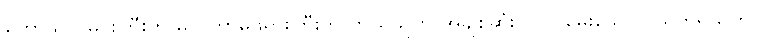
ကောသလမင်းကြီးက မလ္လိကာမိဖုရားကြီးကို ဘယ်သူကို အချစ်ဆုံးလဲဟု မေးသော ပိယတရသုတ်၊